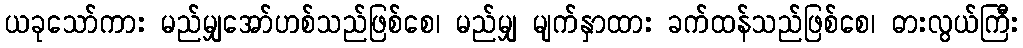
ယခုသော်ကား မည်မျှအော်ဟစ်သည်ဖြစ်စေ၊ မည်မျှ မျက်နှာထား ခက်ထန်သည်ဖြစ်စေ၊ ဓားလွယ်ကြီး